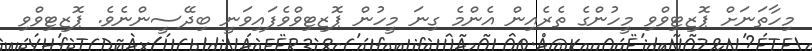
މިހާތަނަށް ޕޮޒިޓިވްވި މީހުންގެ ތެރެއިން އެންމެ ގިނަ މީހުން ޕޮޒިޓިވްވެފައިވަނީ ބިދޭސީންނެވެ. ޕޮޒިޓިވްވި